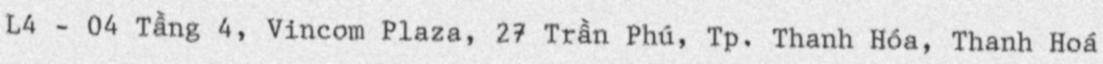
L4 - 04 Tầng 4, Vincom Plaza, 27 Trần Phú, Tp. Thanh Hóa, Thanh Hoá